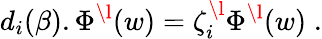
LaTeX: d_{i}(\beta).\Phi^{\l}(w)=\zeta_{i}^{\l}\Phi^{\l}(w)\; .